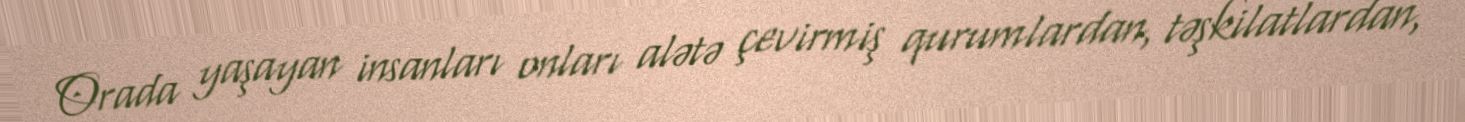
Orada yaşayan insanları onları alətə çevirmiş qurumlardan, təşkilatlardan,